Vaccine operations Central Provinces 1868-1885 - 1868-1885
Year: 1868
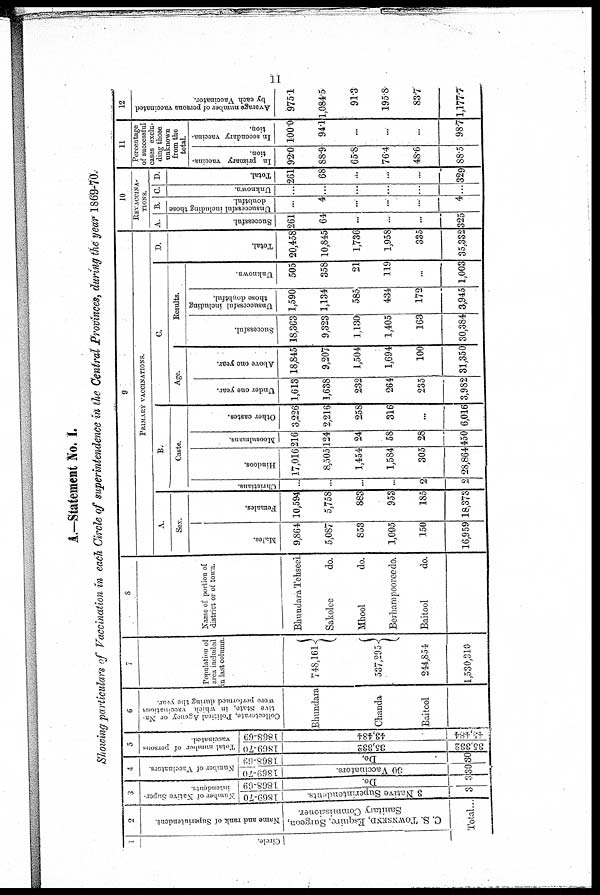
11
A.—Statement No. I.
Showing particulars of Vaccination in each Circle of superintendence in the Central Provinces, during the year 1869-70.
Circle.
2
Name and rank of Superinlendenl
C. S. TOWNSEND, Esquire, Surgeon,
Sanitary Commissioner.
Total...
3
Number of Native Super¬
intendents.
1869-70
3 Native Superintendents.
3
1868-69
Do.
3
4
Number of Vaccinators.
1869-70
30 Vaccinators
30
1868-68
Do.
30
5
Total number of persons
vaccinated
1869-70
35,332
35,332
1868-69
43,484
43,484
Col l
ecl onat e, Pol i t i cal Age nc y or Na-
tive State, in which vaccinations
were performed during the year.
Bhundara
Chanda
Baitool
7
Population of
area included
in last column.
748,161
537,295
244,854
1,530,310
s
Same of portion of
district or of town.
Bhundara Tehseel.
Sakolee
do.
Mhool
do.
Berhampooree do.
Baitool
do.
9
PRIMARY VACCINATIONS.
A.
Sex.
Males.
9,864
5,087
853
1,005
150
16,959
Females.
10,594
5,758
883
953
185
18,373
B.
Caste.
Christians.
...
...
...
...
2
2
Hindoos.
17,016
8,505
1,454
1,584
305
28,864
Moosulmaus,
216
124
24
58
28
450
Other castes.
3,226
2,216
258
316
...
6,016
C
Age.
Under one year.
1,613
1,638
232
264
235
3,982
Above one year.
18,845
9,207
1,504
1,694
100
31,350
Results.
Successful.
18,363
9,323
1,130
1,405
163
30,384
Unsuccessful including
those doubtful.
1,590
1,134
585
434
172
3,945
Unknown.
505
358
21
119
...
1,003
D.
Total.
20,458
10,845
1,736
1,958
335
35,332
10
REVACCINA¬
TIONS.
A.
Successful.
261
64
...
...
...
325
B.
Unsuccessful including those
doubtful.
...
4
...
...
...
4
C.
Unknown.
...
...
...
...
...
...
D.
Total.
261
68
...
...
...
329
11
Percentage
of successful
cases exclu-
ding those
unknown
from the
total
In primary vaccina-
tion.
92.0
88.9
65.8
76.4
48·6
88·5
In secondary vaccina¬
tion.
100.0
94.1
...
...
...
98.7
12
Average number of persons vaccinated
by each Vaccinator.
975.1
1,084.5
91.3
195.8
83.7
1,177.7